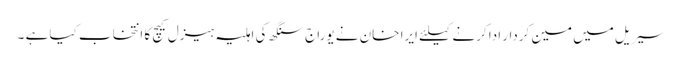
سیریل میں مین کردار ادا کرنے کیلئے ایرا خان نے یوراج سنگھ کی اہلیہ ہیزل کیچ کا انتخاب کیا ہے ۔